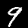
Label: 9